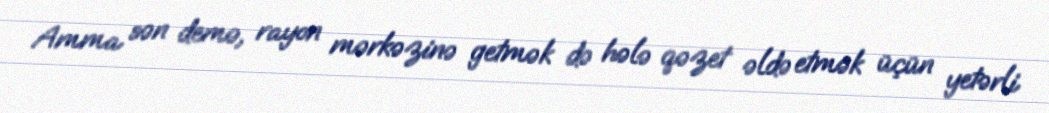
Amma sən demə, rayon mərkəzinə getmək də hələ qəzet əldə etmək üçün yetərli